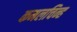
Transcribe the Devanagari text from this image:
कमलचिन्ह